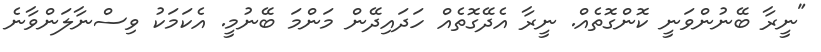
"ނީރާ ބޭނުންވަނީ ކޮންގޮތެއް. ނީރާ އެދޭގޮތެއް ހަދައިދޭން މަންމަ ބޭނުމީ. އެކަމަކު ވިސްނާލަންވާނެ